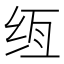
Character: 𰬌